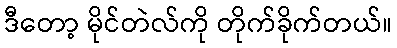
ဒီတော့ မိုင်တဲလ်ကို တိုက်ခိုက်တယ်။